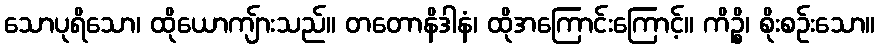
သောပုရိသော၊ ထိုယောကျ်ားသည်။ တတောနိဒါနံ၊ ထိုအကြောင်းကြောင့်။ ကိဉ္စိ၊ စိုးစဉ်းသော။